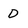
Character: D